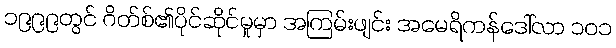
၁၉၉၉တွင် ဂိတ်စ်၏ပိုင်ဆိုင်မှုမှာ အကြမ်းဖျင်း အမေရိကန်ဒေါ်လာ ၁၀၁